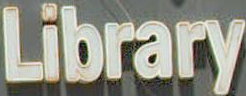
Library